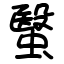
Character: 䗟